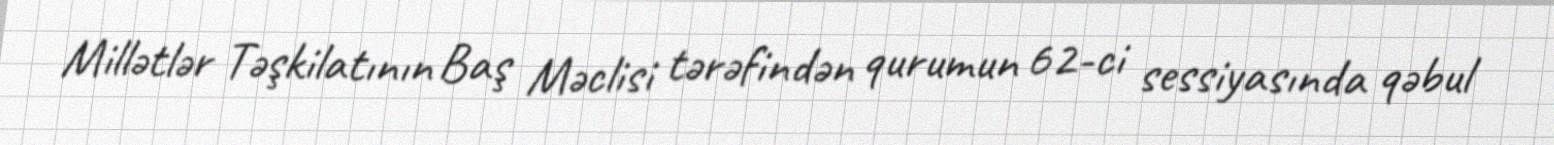
Millətlər Təşkilatının Baş Məclisi tərəfindən qurumun 62-ci sessiyasında qəbul